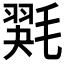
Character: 𰚭